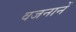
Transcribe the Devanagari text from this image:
वजनानें